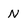
Character: N